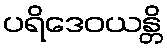
ပရိဒေဝယန္တိ